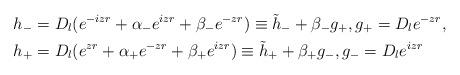
LaTeX: \begin{align*} h_{-} &= D_{l}(e^{-izr} + \alpha_{-}e^{izr} + \beta_{-} e^{-zr})\equiv \tilde{h}_{-} + \beta_{-} g_{+} , g_{+} = D_{l} e^{-zr},\\ h_{+} &= D_{l}(e^{zr} + \alpha_{+}e^{-zr} + \beta_{+} e^{izr})\equiv \tilde{h}_{+} + \beta_{+} g_{-} , g_{-} = D_{l} e^{izr}\end{align*}